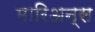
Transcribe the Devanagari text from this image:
मारिअन्स